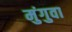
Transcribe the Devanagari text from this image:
मुंगुवा